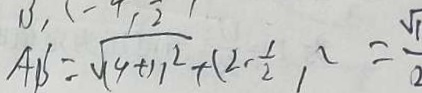
A B = \sqrt { ( 4 + 1 ) ^ { 2 } } + ( 2 - \frac { 1 } { 2 } ) ^ { 2 } = \frac { \sqrt { 1 } } { 2 }